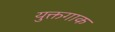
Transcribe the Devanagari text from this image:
युक्तगाक